Senior Leaving Certificate Examination (including Day School Certificate (Higher) General paper), 1950
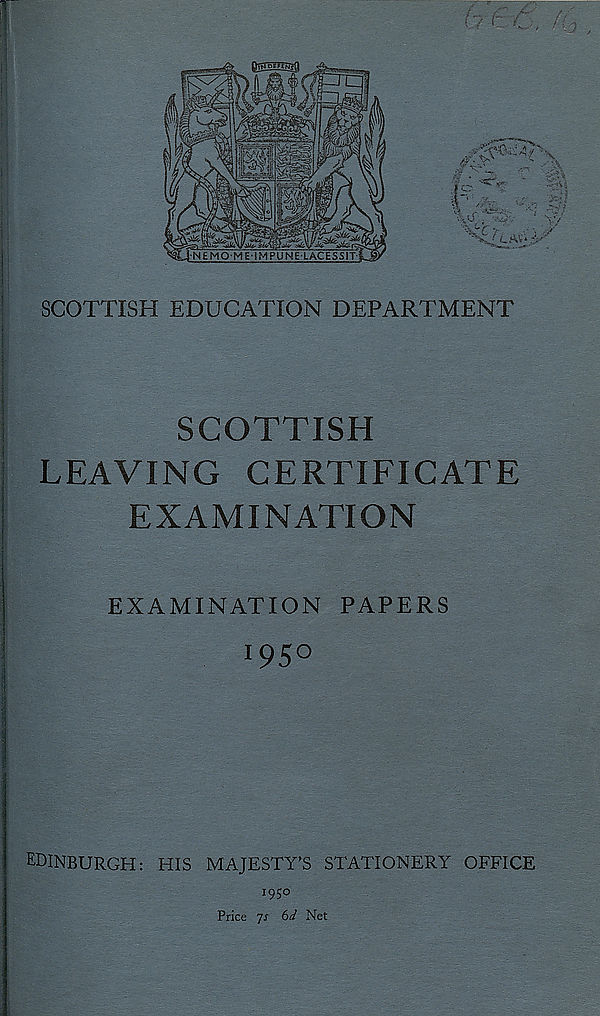
illl
I
r;.'
y*-
*
>»u4
■ '
NEMO-ME*IM:PUNE:LACESS T
f
O
c. •/•
£ LAV‘
SCOTTISH EDUCATION DEPARTMENT
SCOTTISH
LEAVING CERTIFICATE
EXAMINATION
EXAMINATION PAPERS
l 95°
EDINBURGH: HIS MAJESTY’S STATIONERY OFFICE
i 9 ;o
Price jr 6^ Net